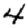
Digit: 4